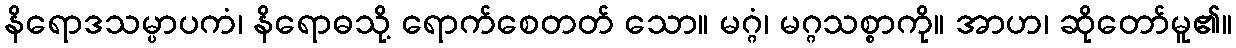
နိရောဒသမ္ပာပကံ၊ နိရောဓသို့ ရောက်စေတတ် သော။ မဂ္ဂံ၊ မဂ္ဂသစ္စာကို။ အာဟ၊ ဆိုတော်မူ၏။